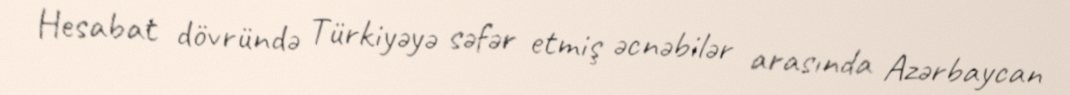
Hesabat dövründə Türkiyəyə səfər etmiş əcnəbilər arasında Azərbaycan